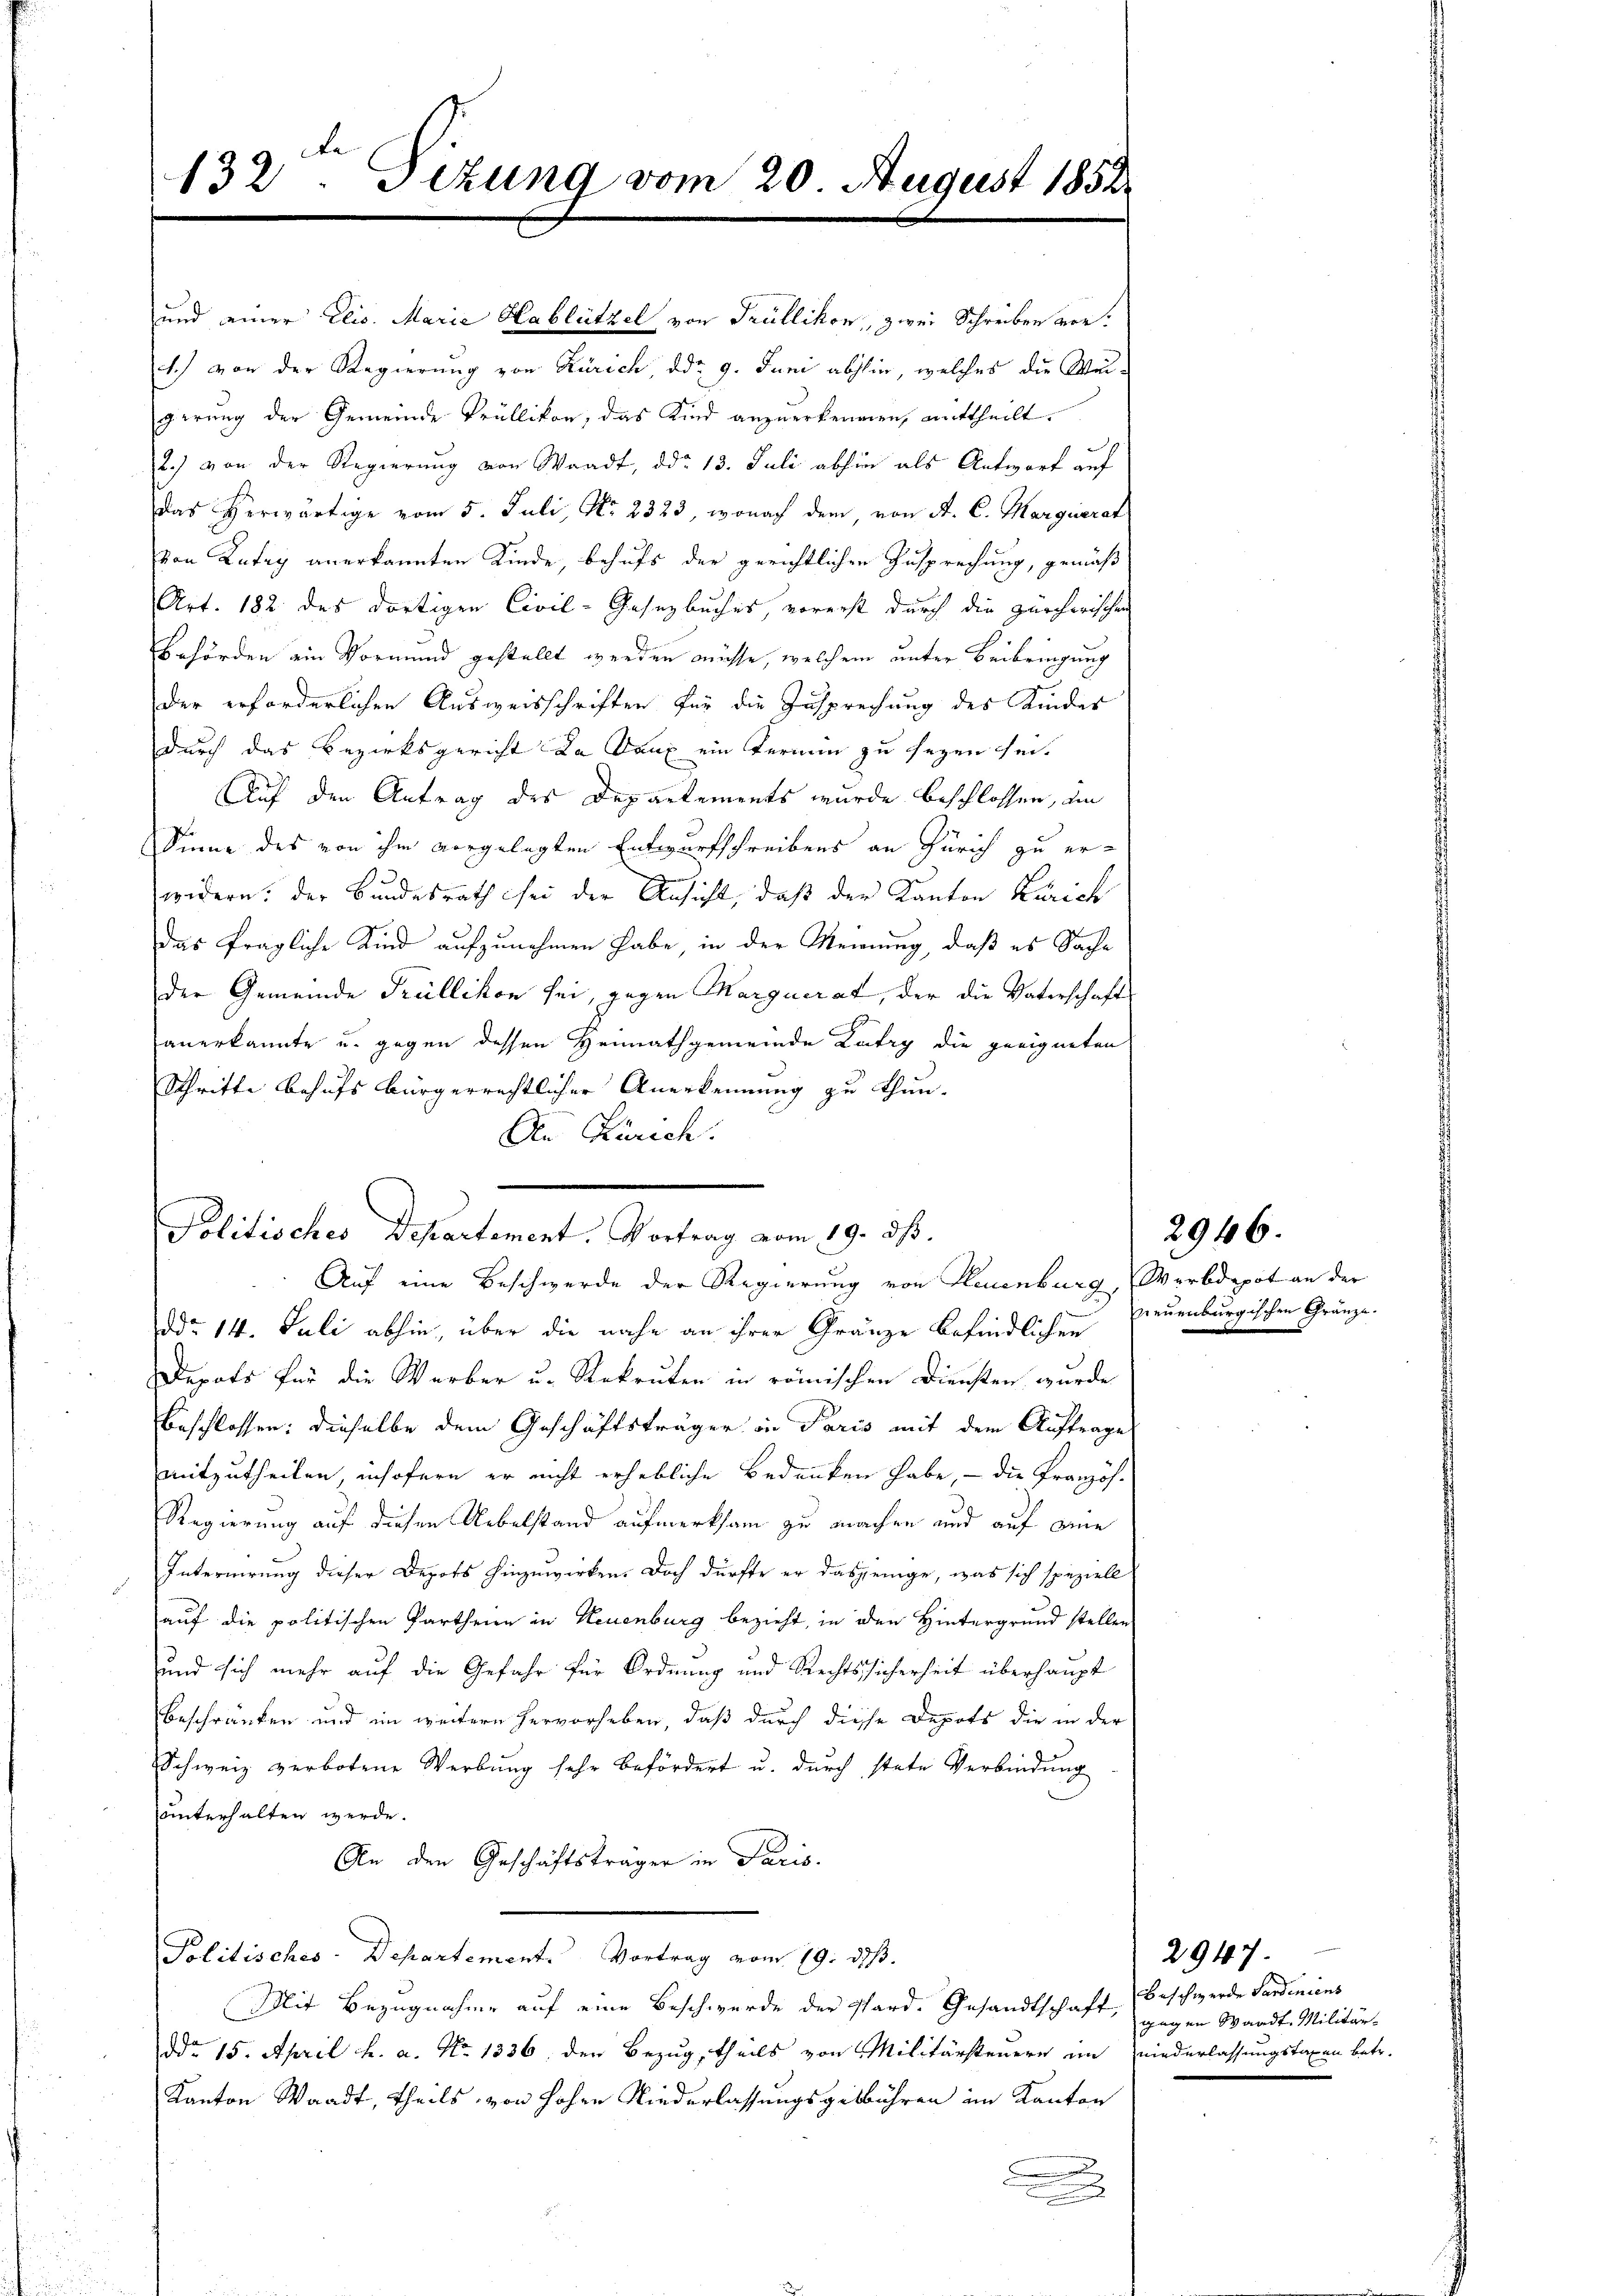
132. Sizung vom 20. August 1852

1.) von der Regierung von Zürich, ddo 9. Juni abhin, welches die Weigerung der Gemeinde Trüllikon, das Kind anzuerkennen, mittheilt.
2.) von der Regierung von Waadt, ddo 13. Juli abhin als Antwort auf
das herwärtige vom 5. Juli, Nr. 2323, wonach dem, von A. C. Marguerat
von Katag anerkannten Kinde, behufs der gerichtlichen Zusprechung, gemäß
Art. 182 des dortigen Civil-Gesetzbuches, vorerst durch die zürchwischen
Behörden ein Vormund gestellt werden müsse, welchem unter Beibringung
der erforderlichen Ausweisschriften für die Zusprechung des Kinder
durch das Bezirksgericht da Daux ein Termin zu sezen sei.
Auf den Antrag des Departements wurde beschlossen, um
Sinne des von ihm vorgelegten Entwurfschreibens an Zürich zu erwidern: der Bundesrath sei der Ansicht, daß der Kanton Zürich
das fragliche Kind aufzunehmen habe, in der Meinung, daß es Sache
der Gemeinde Trüllikon sei, gegen Marguerat, der die Vaterschaft
anerkannte u. gegen dessen Heimathgemeinde Lutry die geeigneten
Schritte behufs bürgerrechtlicher Anerkennung zu thun.
Den Zürich.

und einer Elis. Marie Hablützel von Trüllikon, zwei Schreiben vor.

Politisches Departement. Vortrag vom 19. ds.
Auf eine Beschwerde der Regierung von Neuenburg, Werbdepot an der
ddo 14. Juli abhin, über die nahe an ihrer Gränze befindlichen
Depots für die Werber u. Rekruten in römischen Diensten wurde
beschlossen: dieselbe dem Geschäftsträger in Paris mit dem Auftrage
mitzutheilen, insofern er nicht erhebliche Bedenken habe, – die Französ¬
Regierung auf diesen Uebelstand aufmerksam zu machen und auf eine
Internirung dieser Depots hinzuwirken. Doch dürfte er dasjenige, was sich speziell
a
auf die politischen Partheim in Neuenburg bezieht, in den Hintergrund stellen
und sich mehr auf die Gefahr für Ordnung und Rechtssicherheit überhaupt
beschränken und im weitern hervorheben, daß durch diese Depots die in der
Schweiz verbotene Werbung sehr befördert u. durch stete Verbindung
unterhalten werde.
An den Geschäftsträger in Paris.
Politisches-Departement. Vortrag vom 19. ds.
Mit Bezugnahme auf eine Beschwerde der Pard. Gesandtschaft,
ddo 15. April h. a. No 1336. den Bezug, theils von Militärsteuern im niederlassungstaxen betr.
Kanton Waadt, theils von hohen Niederlassungsgebühren im Kanton
.

neuenburgischen Gränze.

Beschwerde Sardiniens
gegen Waadt, Militär¬

2947.

2946.